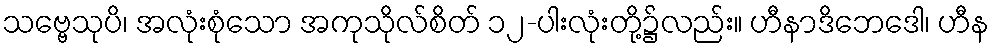
သဗ္ဗေသုပိ၊ အလုံးစုံသော အကုသိုလ်စိတ် ၁၂-ပါးလုံးတို့၌လည်း။ ဟီနာဒိဘေဒေါ၊ ဟီန